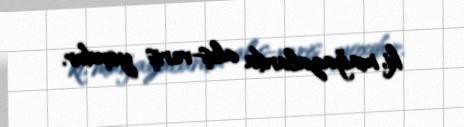
ki, mağazalarda alış-veriş yoxdur.